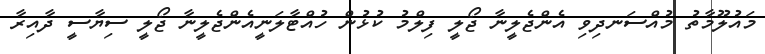
މައުލޫމާތު މުއްސަނދިވި އެންޖެލީނާ ޖޯލީ ފިލްމު ކުޅުން ހުއްޓާލަނީއެންޖެލީނާ ޖޯލީ ސިޔާސީ ދާއިރާ